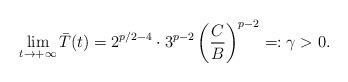
LaTeX: \begin{align*} \lim_{t\to+\infty}\bar{T}(t) = 2^{p/2 - 4} \cdot 3^{p - 2} \left(\frac{C}{B}\right)^{p - 2} =: \gamma>0.\end{align*}